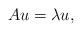
LaTeX: \begin{align*}Au=\lambda u,\end{align*}